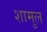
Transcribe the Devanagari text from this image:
शामुल